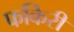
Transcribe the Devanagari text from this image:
फकिरी